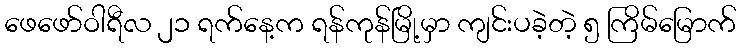
ဖေဖော်ဝါရီလ ၂၁ ရက်နေ့က ရန်ကုန်မြို့မှာ ကျင်းပခဲ့တဲ့ ၅ ကြိမ်မြောက်